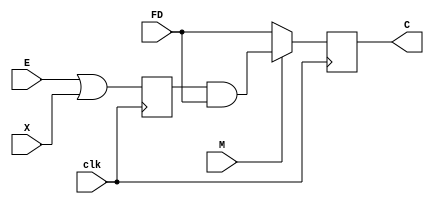
module verilofatgft (clk,M,E,X,FD,C);
input clk,M,E,X,FD;
output reg C;
reg FC;
always @ (posedge clk) begin
FC <= E | X;
if (M) 
C <= FC & FD;
else 
C <= FD;
end
endmodule